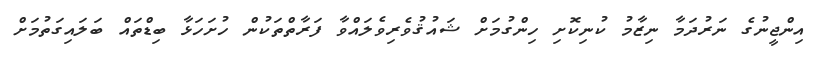
އިންޖީނުގެ ނަރުދަމާ ނިޒާމު ކުނިކޮށި ހިންގުމަށް ޝައުޤުވެރިވެލައްވާ ފަރާތްތަކުން ހުށަހަޅާ ބިޑްތައް ބަލައިގަތުމަށް